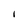
Character: i